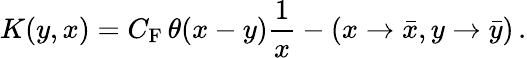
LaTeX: K(y,x)=C_{\mathrm{F}}\, \theta(x-y)\frac{1}{x}-(x\to\bar{x},y\to\bar{y})\, .